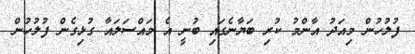
ފުލުހުން މިއަދު އާންމު ކުރި ބަޔާނެގައި ބުނީ އެ މައްސަލައާ ގުޅިގެން ފުލުހުން